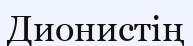
Дионистің